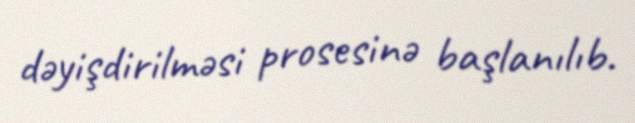
dəyişdirilməsi prosesinə başlanılıb.